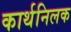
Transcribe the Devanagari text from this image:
कार्थनिलक